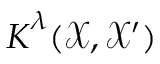
\boldsymbol { K } ^ { \lambda } ( \mathcal { X } , \mathcal { X } ^ { \prime } )